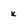
Character: x